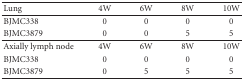
<table><thead><tr><td><b>Lung</b></td><td><b>4W</b></td><td><b>6W</b></td><td><b>8W</b></td><td><b>10W</b></td></tr></thead><tbody><tr><td>BJMC338</td><td>0</td><td>0</td><td>0</td><td>0</td></tr><tr><td>BJMC3879</td><td>0</td><td>0</td><td>5</td><td>5</td></tr><tr><td>Axially lymph node</td><td>4W</td><td>6W</td><td>8W</td><td>10W</td></tr><tr><td>BJMC338</td><td>0</td><td>0</td><td>0</td><td>0</td></tr><tr><td>BJMC3879</td><td>0</td><td>5</td><td>5</td><td>5</td></tr></tbody></table>